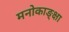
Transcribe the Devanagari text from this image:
मनोकाङ्क्षा